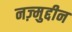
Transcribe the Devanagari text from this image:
नज़्मुद्दीन